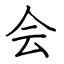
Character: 会